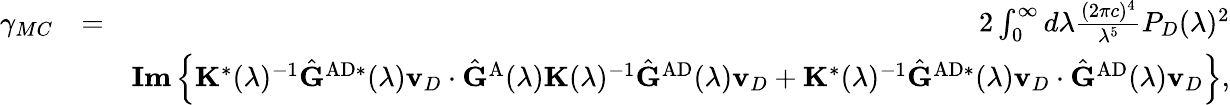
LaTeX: \begin{array}{rlr}{\gamma_{MC}}&{=}&{2\int_{0}^{\infty}d\lambda\frac{(2\pi{c})^{4}}{\lambda^{5}}P_{D}(\lambda)^{2}}\\ &{}&{\textbf{Im}\left\{ \mathbf{K}^{*}(\lambda)^{-1}\hat{\mathbf{G}}^{\mathrm{AD}*}(\lambda)\mathbf{v}_{D}\cdot\hat{\mathbf{G}}^{\mathrm{A}}(\lambda)\mathbf{K}(\lambda)^{-1}\hat{\mathbf{G}}^{\mathrm{AD}}(\lambda)\mathbf{v}_{D}+\mathbf{K}^{*}(\lambda)^{-1}\hat{\mathbf{G}}^{\mathrm{AD}*}(\lambda)\mathbf{v}_{D}\cdot\hat{\mathbf{G}}^{\mathrm{AD}}(\lambda)\mathbf{v}_{D}\right\} ,}\end{array}